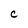
Character: C